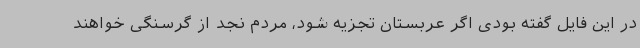
در این فایل گفته بودی اگر عربستان تجزیه شود، مردم نجد از گرسنگی خواهند